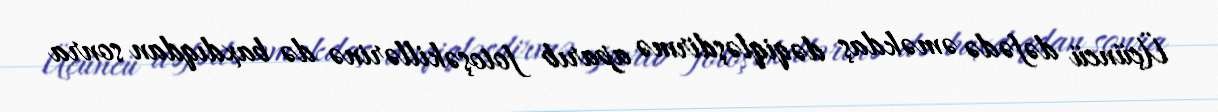
Üçüncü dəfədə əməkdaş dəqiqləşdirmə aparıb fotoşəkillərinə də baxdıqdan sonra